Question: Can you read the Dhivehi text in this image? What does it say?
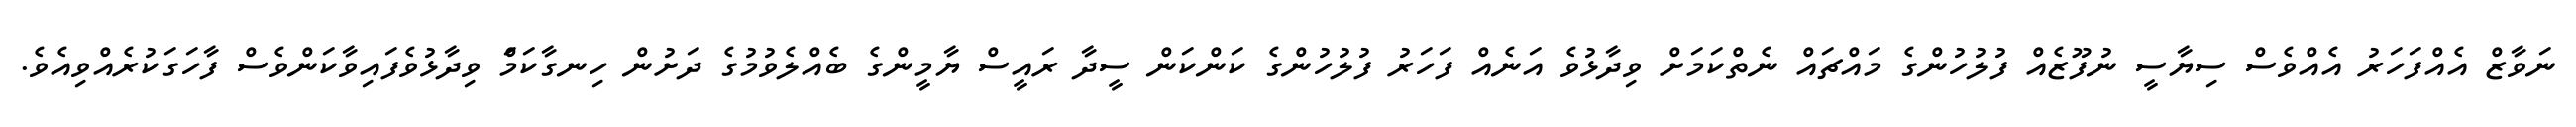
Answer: ނަވާޒް އެއްފަހަރު އެއްވެސް ސިޔާސީ ނުފޫޒެއް ފުލުހުންގެ މައްޗައް ނެތްކަމަށް ވިދާޅުވެ އަނެއް ފަހަރު ފުލުހުންގެ ކަންކަން ސީދާ ރައީސް ޔާމީންގެ ބެއްލެވުމުގެ ދަށުން ހިނގާކަމަް ވިދާޅުވެފައިވާކަންވެސް ފާހަގަކުރެއްވިއެވެ.